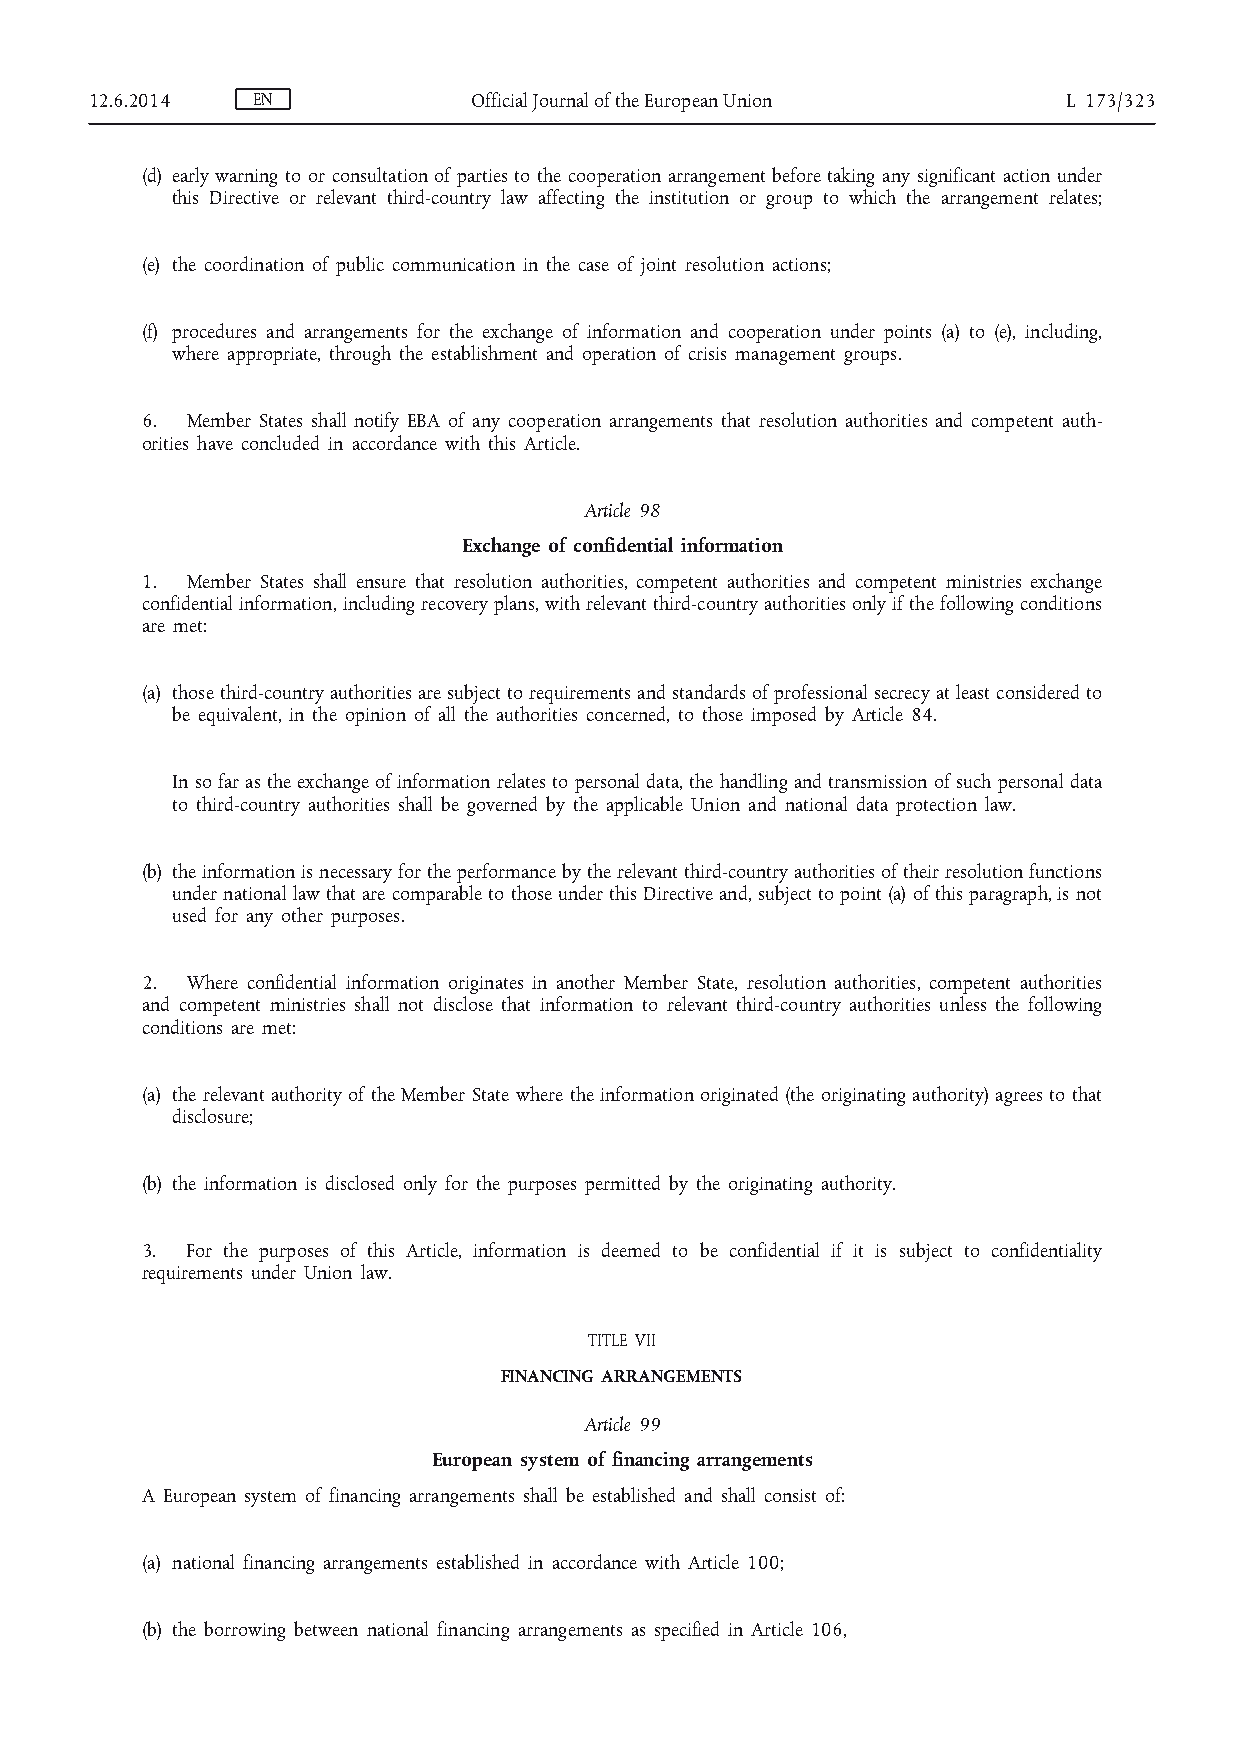
12.6.2014  EN            Official Journal of the European Union  L 173/323
 (d) early warning to or consultation of parties to the cooperation arrangement before taking any significant action under
 this Directive or relevant third-country law affecting the institution or group to which the arrangement relates;
 (e) the coordination of public communication in the case of joint resolution actions;
 (f) procedures and arrangements for the exchange of information and cooperation under points (a) to (e), including,
 where appropriate, through the establishment and operation of crisis management groups.
 6. Member States shall notify EBA of any cooperation arrangements that resolution authorities and competent auth­
 orities have concluded in accordance with this Article.
 Article 98
 Exchange of confidential information
 1. Member States shall ensure that resolution authorities, competent authorities and competent ministries exchange
 confidential information, including recovery plans, with relevant third-country authorities only if the following conditions
 are met:
 (a) those third-country authorities are subject to requirements and standards of professional secrecy at least considered to
 be equivalent, in the opinion of all the authorities concerned, to those imposed by Article 84.
 In so far as the exchange of information relates to personal data, the handling and transmission of such personal data
 to third-country authorities shall be governed by the applicable Union and national data protection law.
 (b) the information is necessary for the performance by the relevant third-country authorities of their resolution functions
 under national law that are comparable to those under this Directive and, subject to point (a) of this paragraph, is not
 used for any other purposes.
 2. Where confidential information originates in another Member State, resolution authorities, competent authorities
 and competent ministries shall not disclose that information to relevant third-country authorities unless the following
 conditions are met:
 (a) the relevant authority of the Member State where the information originated (the originating authority) agrees to that
 disclosure;
 (b) the information is disclosed only for the purposes permitted by the originating authority.
 3. For the purposes of this Article, information is deemed to be confidential if it is subject to confidentiality
 requirements under Union law.
 TITLE VII
 FINANCING ARRANGEMENTS
 Article 99
 European system of financing arrangements
 A European system of financing arrangements shall be established and shall consist of:
 (a) national financing arrangements established in accordance with Article 100;
 (b) the borrowing between national financing arrangements as specified in Article 106,